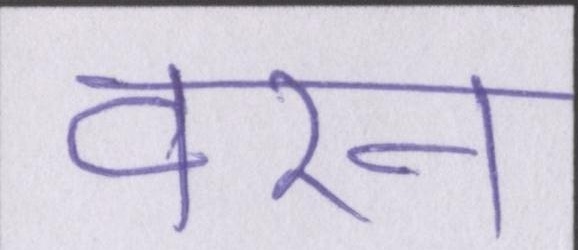
वरन